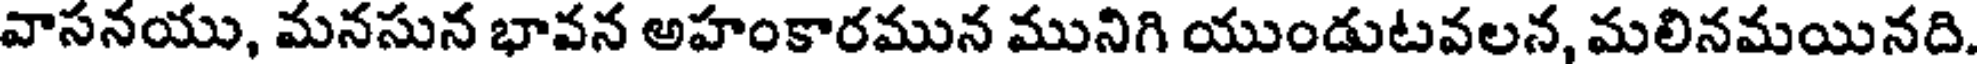
వాసనయు, మనసున భావన అహంకారమున మునిగి యుండుటవలన, మలినమయినది.